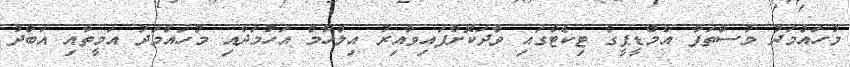
މުހައްމަދު މުސްތަފާ އެމްޑީޕީގެ ޓިކެޓްގައި ވާދަކޮށްފައިވާއިރު އިލްހާމް އަހުމަދާއި މުހައްމަދު އަމީތާއި އަބްދު